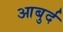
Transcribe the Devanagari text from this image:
आबुर्द